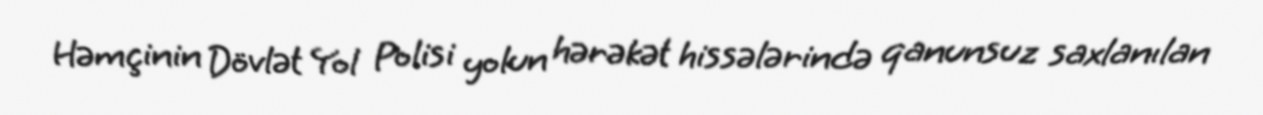
Həmçinin Dövlət Yol Polisi yolun hərəkət hissələrində qanunsuz saxlanılan